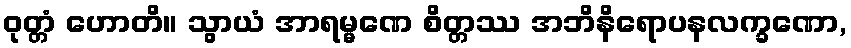
ဝုတ္တံ ဟောတိ။ သွာယံ အာရမ္မဏေ စိတ္တဿ အဘိနိရောပနလက္ခဏော,